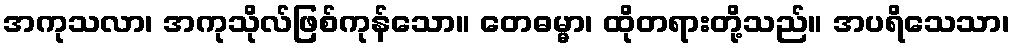
အကုသလာ၊ အကုသိုလ်ဖြစ်ကုန်သော။ တေဓမ္မာ၊ ထိုတရားတို့သည်။ အပရိသေသာ၊